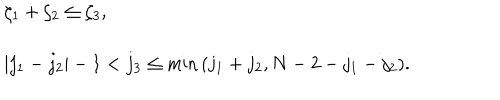
LaTeX: \begin{array} { l } { { \zeta _ { 1 } + \zeta _ { 2 } \le \zeta _ { 3 } , } } \\ { { { } } } \\ { { \vert j _ { 1 } - j _ { 2 } \vert - 1 < j _ { 3 } \le \mathrm { m i n } \, ( j _ { 1 } + j _ { 2 } , N - 2 - j _ { 1 } - j _ { 2 } ) . } } \\ \end{array}